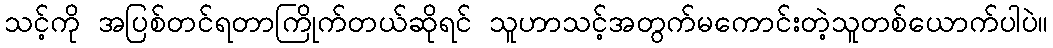
သင့်ကို အပြစ်တင်ရတာကြိုက်တယ်ဆိုရင် သူဟာသင့်အတွက်မကောင်းတဲ့သူတစ်ယောက်ပါပဲ။